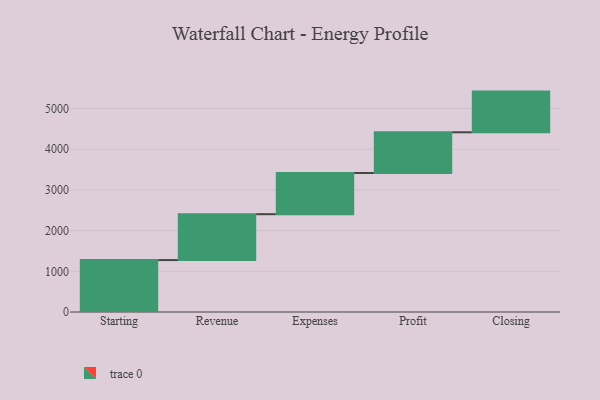
{"axis": {"x": "Step", "y": "Value"}, "legend": [""], "data": [{"x": "Starting", "y": 1276.0, "type": ""}, {"x": "Revenue", "y": 1128.0, "type": ""}, {"x": "Expenses", "y": 1013.0, "type": ""}, {"x": "Profit", "y": 1000, "type": ""}, {"x": "Closing", "y": 1000, "type": ""}]}